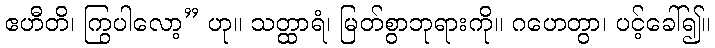
ဧဟီတိ၊ ကြွပါလော့” ဟု။ သတ္ထာရံ၊ မြတ်စွာဘုရားကို။ ဂဟေတွာ၊ ပင့်ခေါ်၍။